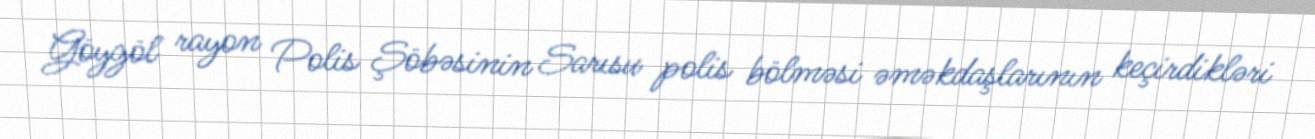
Göygöl rayon Polis Şöbəsinin Sarısu polis bölməsi əməkdaşlarının keçirdikləri